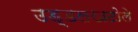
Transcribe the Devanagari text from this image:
उड़्डलखटोले